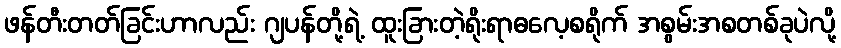
ဖန်တီးတတ်ခြင်းဟာလည်း ဂျပန်တို့ရဲ့ ထူးခြားတဲ့ရိုးရာဓလေ့စရိုက် အစွမ်းအစတစ်ခုပဲလို့